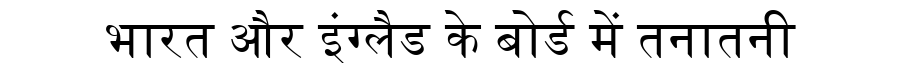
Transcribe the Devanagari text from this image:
भारत और इंग्लैड के बोर्ड में तनातनी